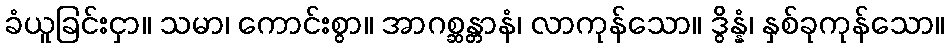
ခံယူခြင်းငှာ။ သမာ၊ ကောင်းစွာ။ အာဂစ္ဆန္တာနံ၊ လာကုန်သော။ ဒွိန္နံ၊ နှစ်ခုကုန်သော။